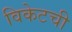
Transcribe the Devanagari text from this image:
विकेटची